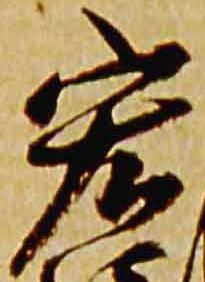
宏